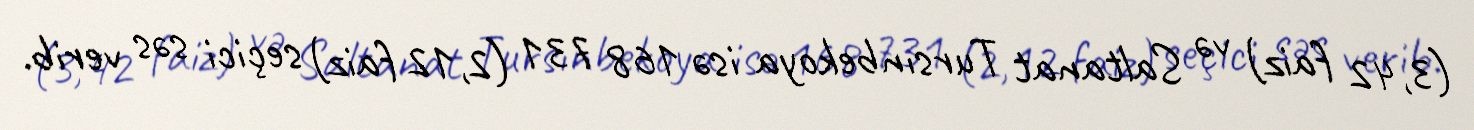
(3,42 faiz) və Saltanat Tursınbekoya isə 168 731 (2,12 faiz) seçici səs verib.